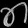
Digit: ၈